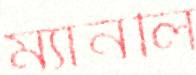
ম্যানলি